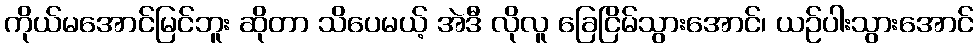
ကိုယ်မအောင်မြင်ဘူး ဆိုတာ သိပေမယ့် အဲဒီ လိုလူ ခြေငြိမ်သွားအောင်၊ ယဉ်ပါးသွားအောင်